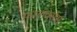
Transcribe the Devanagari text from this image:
फालंक्सेस